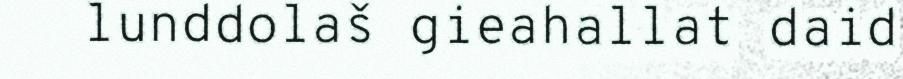
lunddolaš gieahallat daid